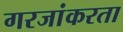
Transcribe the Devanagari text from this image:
गरजांकरता